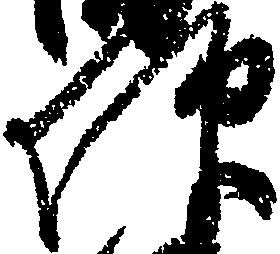
仰